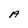
Character: A